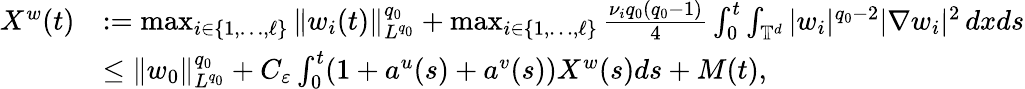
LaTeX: \begin{array}{rl}{X^{w}(t)}&{:=\operatorname*{max}_{i\in\{ 1,\ldots,\ell\} }\| w_{i}(t)\| _{L^{q_{0}}}^{q_{0}}+\operatorname*{max}_{i\in\{ 1,\ldots,\ell\} }\frac{\nu_{i}q_{0}(q_{0}-1)}{4}\int_{0}^{t}\int_{\mathbb{T}^{d}}|w_{i}|^{q_{0}-2}|\nabla w_{i}|^{2}\, dxds}\\ &{\leq\| w_{0}\| _{L^{q_{0}}}^{q_{0}}+C_{\varepsilon}\int_{0}^{t}(1+a^{u}(s)+a^{v}(s))X^{w}(s)ds+M(t),}\end{array}